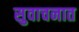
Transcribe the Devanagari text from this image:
सुवाचनात